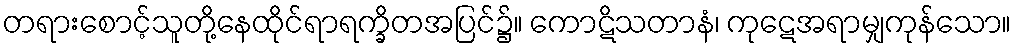
တရားစောင့်သူတို့နေထိုင်ရာရက္ခိတအပြင်၌။ ကောဋိသတာနံ၊ ကုဋေအရာမျှကုန်သော။